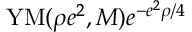
\mathrm { Y M } ( \rho e ^ { 2 } , { \cal M } ) e ^ { - e ^ { 2 } \rho / 4 }